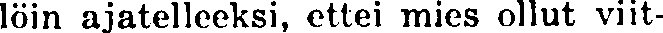
löin ajatelleeksi, ettei mies ollut viit-